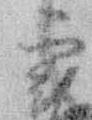
実